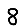
Digit: 8